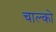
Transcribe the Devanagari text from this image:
चाल्को